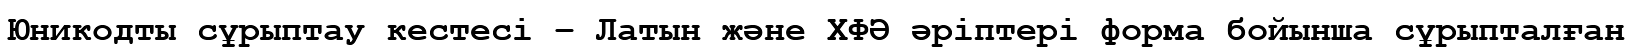
Юникодты сұрыптау кестесі – Латын және ХФӘ әріптері форма бойынша сұрыпталған